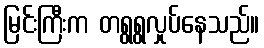
မြင်းကြီးက တရွရွလှုပ်နေသည်။